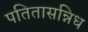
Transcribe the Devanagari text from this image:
पतितासन्निध